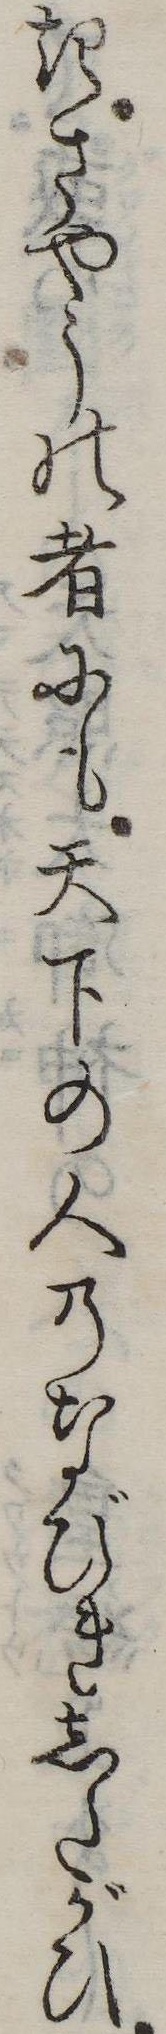
きさやうの者にも天下の人のなびきしたがひ